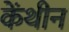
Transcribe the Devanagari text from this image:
केंथीन